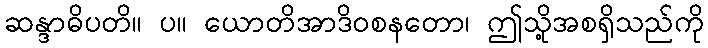
ဆန္ဒာဓိပတိ။ ပ။ ယောတိအာဒိဝစနတော၊ ဤသို့အစရှိသည်ကို